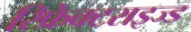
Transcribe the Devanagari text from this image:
रिफ्रेक्टराइज्ड